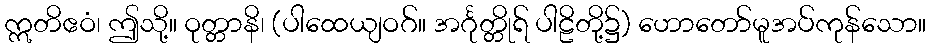
ဣတိဧဝံ၊ ဤသို့။ ဝုတ္တာနိ၊ (ပါထေယျဝဂ်။ အင်္ဂုတ္တိုရ် ပါဠိတို့၌) ဟောတော်မူအပ်ကုန်သော။